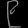
Digit: ၉